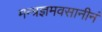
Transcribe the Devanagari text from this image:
मन्त्रज्ञमवसानीनं